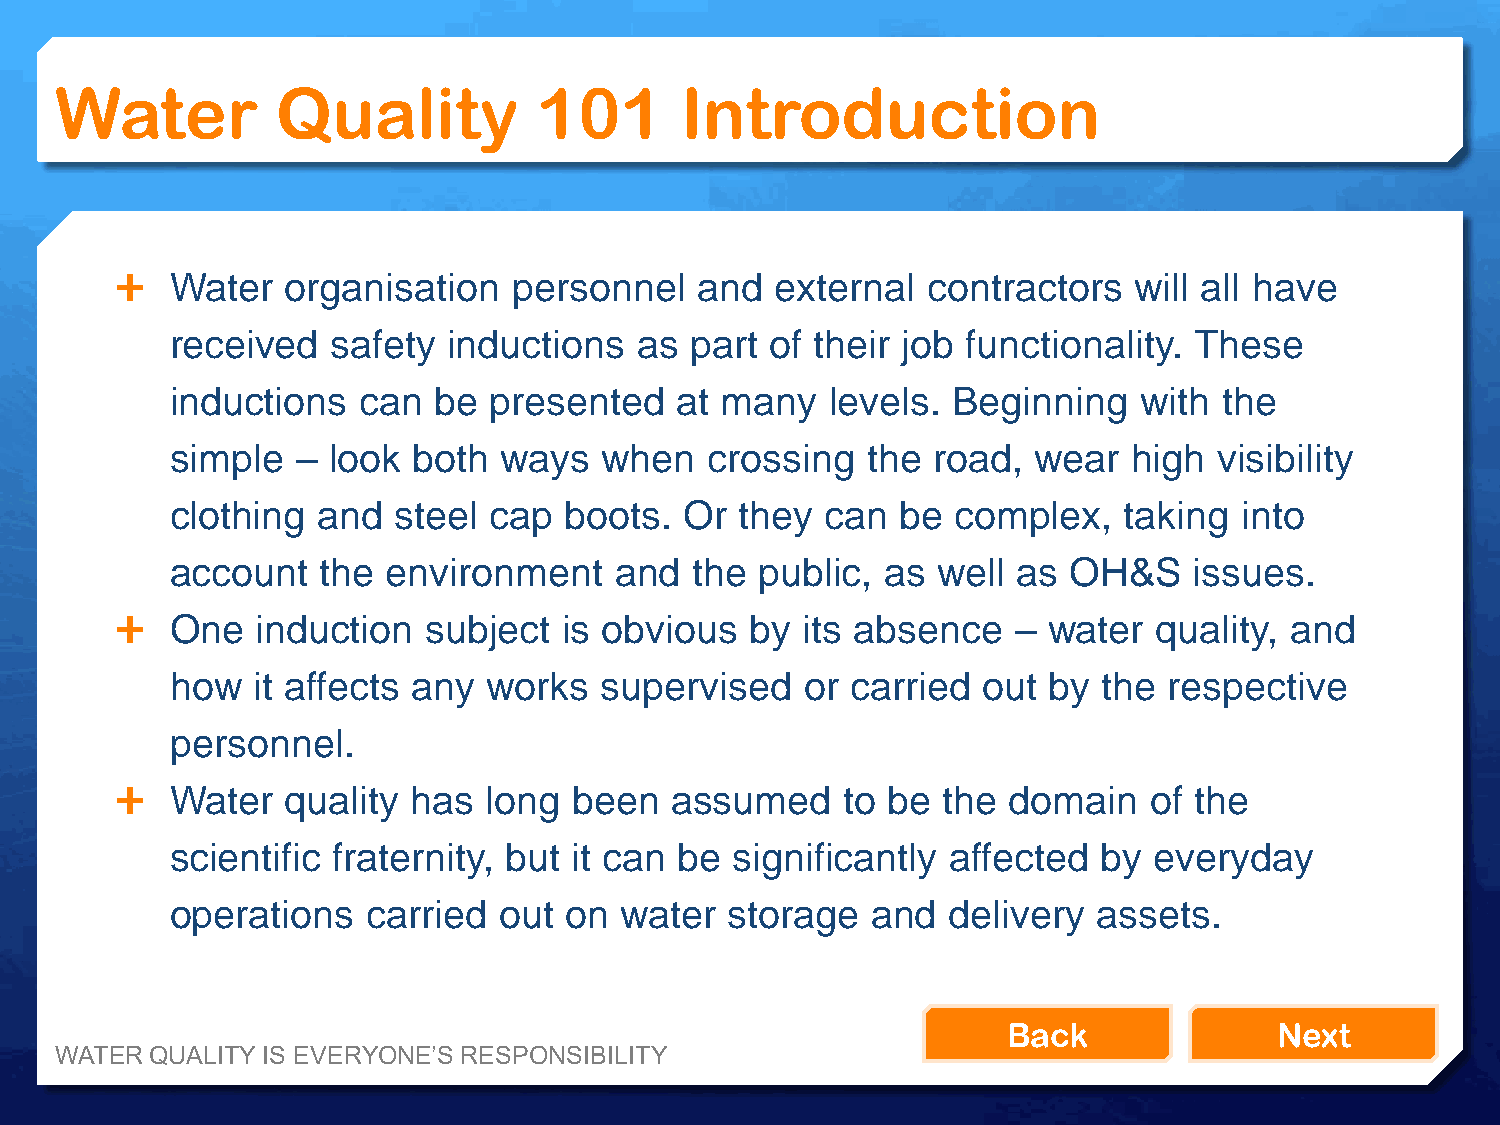
Water         Quality           101      Introduction
   Water   organisation   personnel   and  external  contractors   will all have
 received   safety  inductions  as  part of their job functionality. These
 inductions   can  be presented    at many   levels. Beginning    with the
 simple   – look both  ways   when   crossing  the  road, wear   high  visibility
 clothing  and  steel cap  boots.  Or  they  can  be complex,   taking  into
 account   the  environment    and  the public,  as well as  OH&S    issues.
   One   induction  subject  is obvious   by its absence   – water   quality, and
 how   it affects any works   supervised   or carried  out by  the respective
 personnel.
   Water   quality has  long  been  assumed     to be the  domain   of the
 scientific fraternity, but it can be  significantly affected  by everyday
 operations   carried  out on  water  storage   and  delivery  assets.
 Back              Next
 WATER QUALITY IS EVERYONE’S RESPONSIBILITY